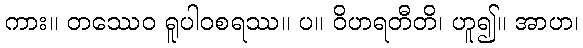
ကား။ တဿေဝ ရူပါဝစရဿ။ ပ။ ဝိဟရတီတိ၊ ဟူ၍။ အာဟ၊